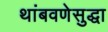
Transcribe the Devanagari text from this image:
थांबवणेसुद्धा